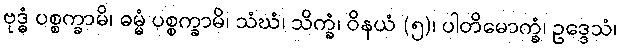
ဗုဒ္ဓံ ပစ္စက္ခာမိ၊ ဓမ္မံ ပစ္စက္ခာမိ၊ သံဃံ၊ သိက္ခံ၊ ဝိနယံ (၅)၊ ပါတိမောက္ခံ၊ ဥဒ္ဒေသံ၊